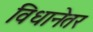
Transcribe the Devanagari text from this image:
विधानेतर